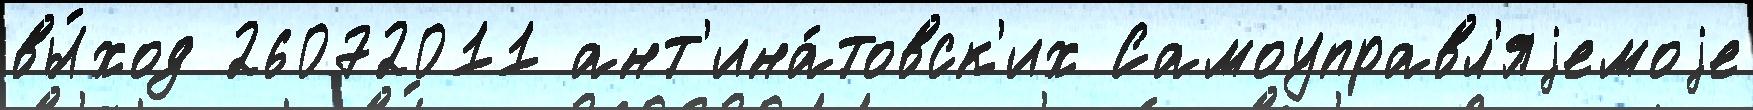
вы́ход 26072011 ант'ина́товск'их Самоуправл'яjемоjе